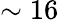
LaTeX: \sim 16